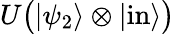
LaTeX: U{\big(}|\psi_{2}\rangle\otimes|{\mathrm{in}}\rangle{\big)}